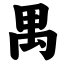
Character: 禺